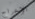
الإخراج